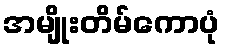
အမျိုးတိမ်ကောပုံ